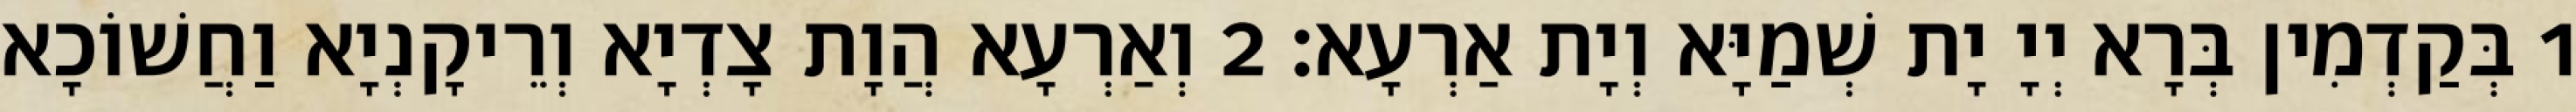
1 בְּקַדְמִין בְּרָא יְיָ יָת שְׁמַיָּא וְיָת אַרְעָא׃ 2 וְאַרְעָא הֲוָת צָדְיָא וְרֵיקָנְיָא וַחֲשׁוֹכָא